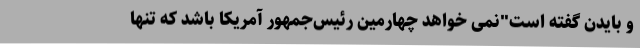
و بایدن گفته است"نمی خواهد چهارمین رئیس‌جمهور آمریکا باشد که تنها